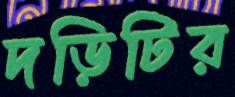
দড়িটির